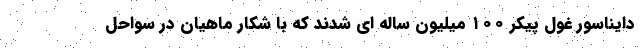
دایناسور غول پیکر ۱۰۰ میلیون ساله ای شدند که با شکار ماهیان در سواحل